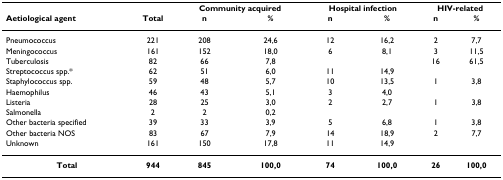
<table><thead><tr><td></td><td></td><td colspan="2"><b>Community acquired</b></td><td colspan="2"><b>Hospital infection</b></td><td colspan="2"><b>HIV-related</b></td></tr><tr><td><b>Aetiological agent</b></td><td><b>Total</b></td><td><b>n</b></td><td><b>%</b></td><td><b>n</b></td><td><b>%</b></td><td><b>n</b></td><td><b>%</b></td></tr></thead><tbody><tr><td>Pneumococcus</td><td>221</td><td>208</td><td>24,6</td><td>12</td><td>16,2</td><td>2</td><td>7,7</td></tr><tr><td>Meningococcus</td><td>161</td><td>152</td><td>18,0</td><td>6</td><td>8,1</td><td>3</td><td>11,5</td></tr><tr><td>Tuberculosis</td><td>82</td><td>66</td><td>7,8</td><td></td><td></td><td>16</td><td>61,5</td></tr><tr><td>Streptococcus spp.*</td><td>62</td><td>51</td><td>6,0</td><td>11</td><td>14,9</td><td></td><td></td></tr><tr><td>Staphylococcus spp.</td><td>59</td><td>48</td><td>5,7</td><td>10</td><td>13,5</td><td>1</td><td>3,8</td></tr><tr><td>Haemophilus</td><td>46</td><td>43</td><td>5,1</td><td>3</td><td>4,0</td><td></td><td></td></tr><tr><td>Listeria</td><td>28</td><td>25</td><td>3,0</td><td>2</td><td>2,7</td><td>1</td><td>3,8</td></tr><tr><td>Salmonella</td><td>2</td><td>2</td><td>0,2</td><td></td><td></td><td></td><td></td></tr><tr><td>Other bacteria specified</td><td>39</td><td>33</td><td>3,9</td><td>5</td><td>6,8</td><td>1</td><td>3,8</td></tr><tr><td>Other bacteria NOS</td><td>83</td><td>67</td><td>7,9</td><td>14</td><td>18,9</td><td>2</td><td>7,7</td></tr><tr><td>Unknown</td><td>161</td><td>150</td><td>17,8</td><td>11</td><td>14,9</td><td></td><td></td></tr><tr><td><b>Total</b></td><td><b>944</b></td><td><b>845</b></td><td><b>100,0</b></td><td><b>74</b></td><td><b>100,0</b></td><td><b>26</b></td><td><b>100,0</b></td></tr></tbody></table>